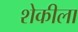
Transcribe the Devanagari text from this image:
शेकीला